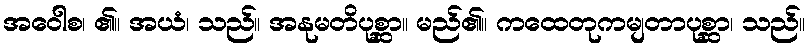
အဝေါစ၊ ၏။ အယံ၊ သည်။ အနုမတိပုစ္ဆာ။ မည်၏။ ကထေတုကမျတာပုစ္ဆာ၊ သည်။